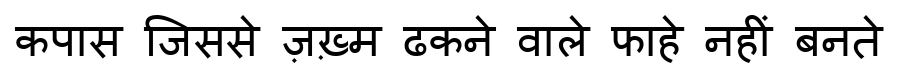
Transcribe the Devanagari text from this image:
कपास जिससे ज़ख़्म ढकने वाले फाहे नहीं बनते